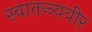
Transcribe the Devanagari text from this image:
स्वातन्त्र्यवीर